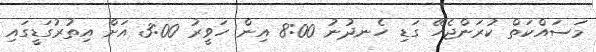
މަސައްކަތް ކުރަންޖެހޭ ގަޑި ހެނދުނު 8:00 އިން ހަވީރު 3:00 އަށް އިތުރުގަޑީގައި